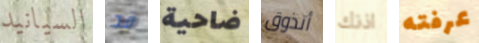
السيانيد قد ضاحية أتذوق اذنك عرفته